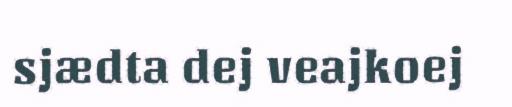
sjædta dej veajkoej